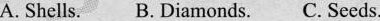
A. Shells. B. Diamonds. C.Seeds.